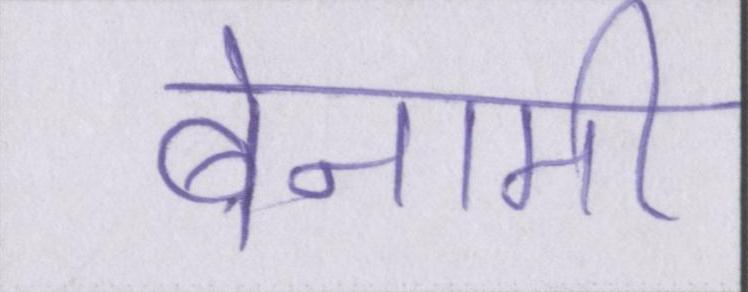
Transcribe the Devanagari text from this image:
बेनामी